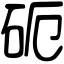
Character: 砈